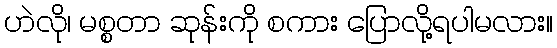
ဟဲလို၊ မစ္စတာ ဆုန်းကို စကား ပြောလို့ရပါမလား။